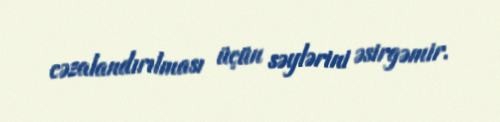
cəzalandırılması üçün səylərini əsirgəmir.